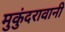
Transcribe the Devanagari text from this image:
मुकुंदरावानी